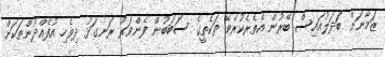
ޒަމާނަށް ބަދަލުއައިސް ބޭރުން އެތެރެކުރެވޭ ތަކެތީގެ ސަބަބުން ފެންވަރު ރަނގަޅު ދިވެހި އުފެއްދުންތަކަށް